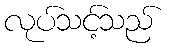
လုပ်သင့်သည်